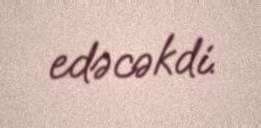
edəcəkdi.